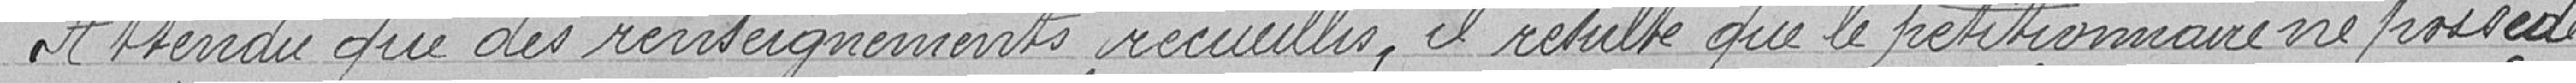
Attendu que des renseignements recueillis, il résulte que le pétitionnaire ne possède